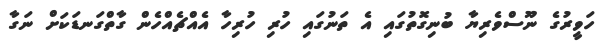
ހަވީރުގެ ނޫސްވެރިޔާ ބުނިގޮތުގައި އެ ތަނުގައި ހުރި ހުރިހާ އެއްޗެއްހެން ގާތްގަނޑަކަށް ނަގާ